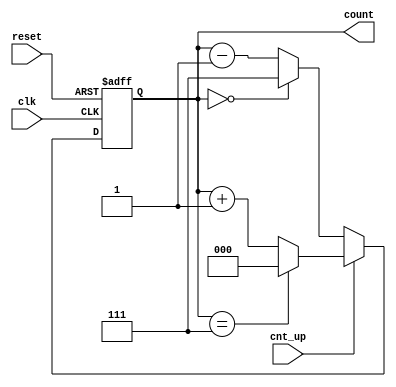
module up_down_counter (
    input wire clk,          // Asynchronous clock input
    input wire cnt_up,      // Control signal for counting direction
    input wire reset,       // Asynchronous active-high reset signal
    output reg [2:0] count  // 3-bit binary output for count value
);

    // Asynchronous reset and counting logic
    always @(posedge clk or posedge reset) begin
        if (reset) begin
            count <= 3'b000; // Reset count to 0
        end else begin
            if (cnt_up) begin
                // Up counting
                if (count == 3'b111) begin
                    count <= 3'b000; // Wrap around to 0
                end else begin
                    count <= count + 1; // Increment count
                end
            end else begin
                // Down counting
                if (count == 3'b000) begin
                    count <= 3'b111; // Wrap around to max value
                end else begin
                    count <= count - 1; // Decrement count
                end
            end
        end
    end

endmodule